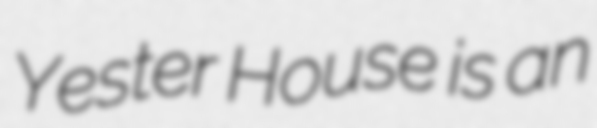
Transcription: Yester House is an